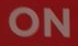
ON